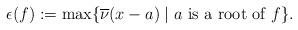
LaTeX: \begin{align*}\epsilon(f):=\max\{\overline \nu(x-a)\mid a\mbox{ is a root of }f\}.\end{align*}